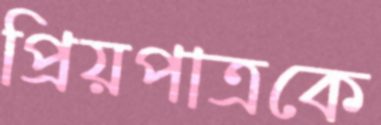
প্রিয়পাত্রকে